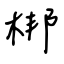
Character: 梆